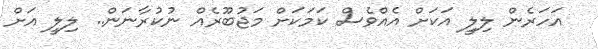
އަހަރެން ލިލީ އަކަށް އެއްވެސް ކަމަކަށް މަޖުބޫރެއް ނުކުރާނަން.. ލިލީ އަށް